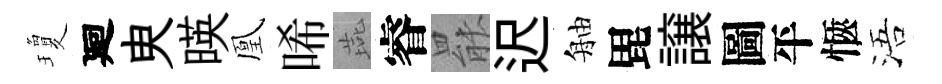
瓊廻㬰暎凰唏燕睿罷迟舳毘譲圖平愜浯